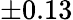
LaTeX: \pm 0.13